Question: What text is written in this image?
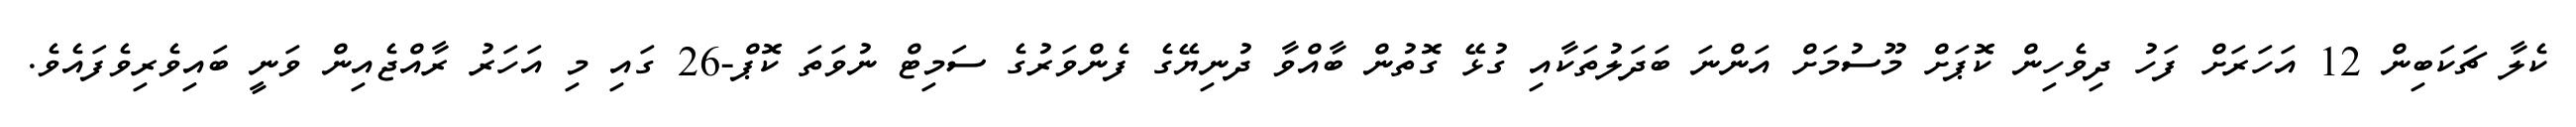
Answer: ކެލާ ޗަކަބިން 12 އަހަރަށް ފަހު ދިވެހިން ކޮޕަށް މޫސުމަށް އަންނަ ބަދަލުތަކާއި ގުޅޭ ގޮތުން ބާއްވާ ދުނިޔޭގެ ފެންވަރުގެ ސަމިޓް ނުވަތަ ކޮޕް-26 ގައި މި އަހަރު ރާއްޖެއިން ވަނީ ބައިވެރިވެފައެވެ.